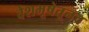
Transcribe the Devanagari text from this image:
वेशभूषेतूनच